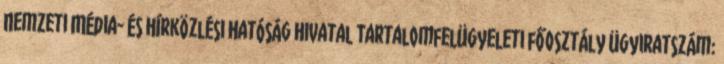
Nemzeti Média- és Hírközlési Hatóság Hivatal Tartalomfelügyeleti főosztály Ügyiratszám: